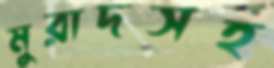
মুরাদসহ